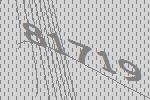
81719